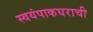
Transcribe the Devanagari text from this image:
स्वयंपाकघराची